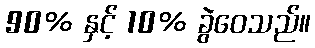
90% နှင့် 10% ခွဲဝေသည်။